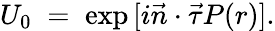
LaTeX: U_{0}\; =\; \exp{[i\vec{n}\cdot\vec{\tau}P(r)]}.